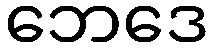
ဘေဒေ